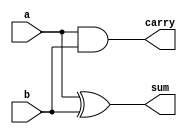
module half_adder_structural(
  input a,
  input b,
  output sum,
  output carry
);
  
  xor xor1(sum,a,b);
  and and1(carry,a,b);
  
endmodule